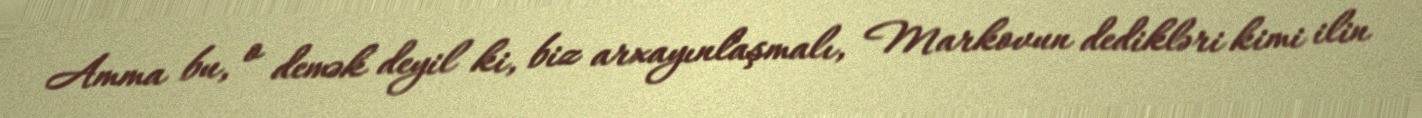
Amma bu, o demək deyil ki, biz arxayınlaşmalı, Markovun dedikləri kimi ilin